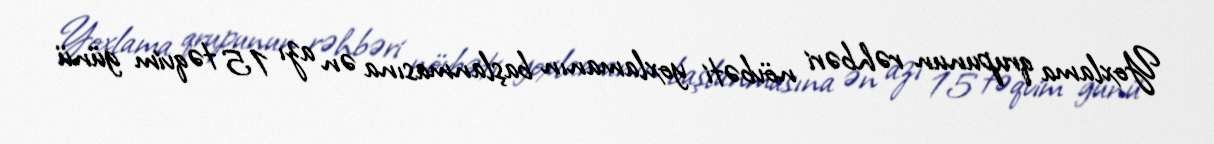
Yoxlama qrupunun rəhbəri növbəti yoxlamanın başlanmasına ən azı 15 təqvim günü